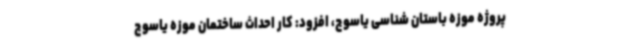
پروژه موزه باستان‌ شناسی یاسوج، افزود: کار احداث ساختمان موزه یاسوج